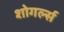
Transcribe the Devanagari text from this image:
शोगर्ल्स